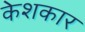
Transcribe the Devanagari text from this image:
केशकार